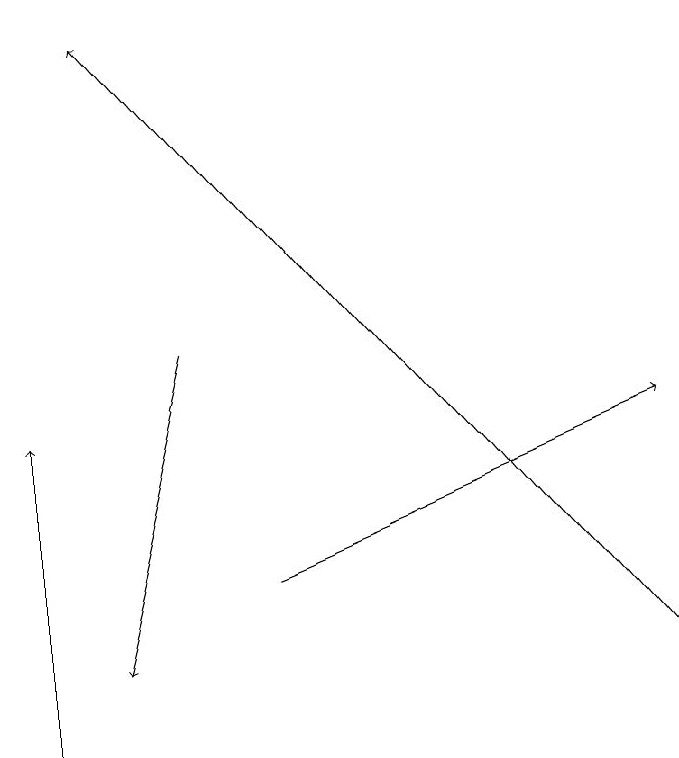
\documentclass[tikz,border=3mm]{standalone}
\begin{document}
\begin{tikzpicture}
\draw[->] (1,10) -- (1,14);
\draw[->] (9,11) -- (2,19);
\draw[->] (3,15) -- (2,11);
\draw[->] (4,12) -- (9,14);
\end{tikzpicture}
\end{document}